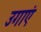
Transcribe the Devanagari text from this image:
उगाएं